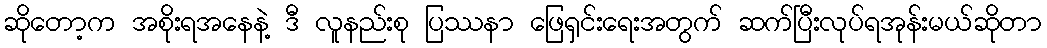
ဆိုတော့က အစိုးရအနေနဲ့ ဒီ လူနည်းစု ပြဿနာ ဖြေရှင်းရေးအတွက် ဆက်ပြီးလုပ်ရအုန်းမယ်ဆိုတာ